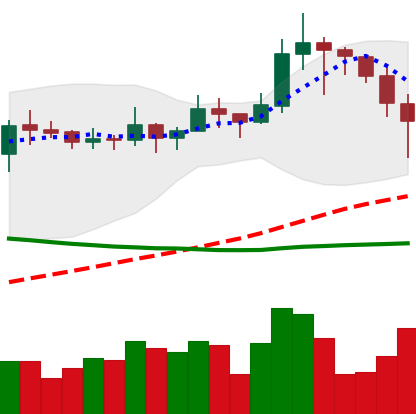
Ticker: LINK-USD
Chart end date: 2019-11-19
Forward return: -18.167%
Label: down_7plus